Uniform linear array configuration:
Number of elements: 64
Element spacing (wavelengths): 0.75
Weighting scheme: kaiser
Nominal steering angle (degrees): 60
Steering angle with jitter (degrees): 61.79
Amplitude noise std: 0.05
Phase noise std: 0.05

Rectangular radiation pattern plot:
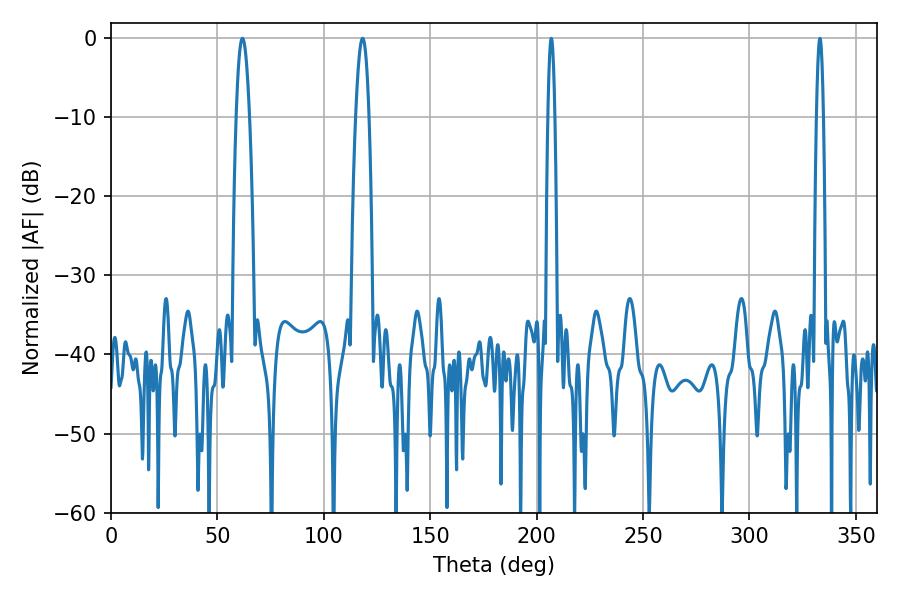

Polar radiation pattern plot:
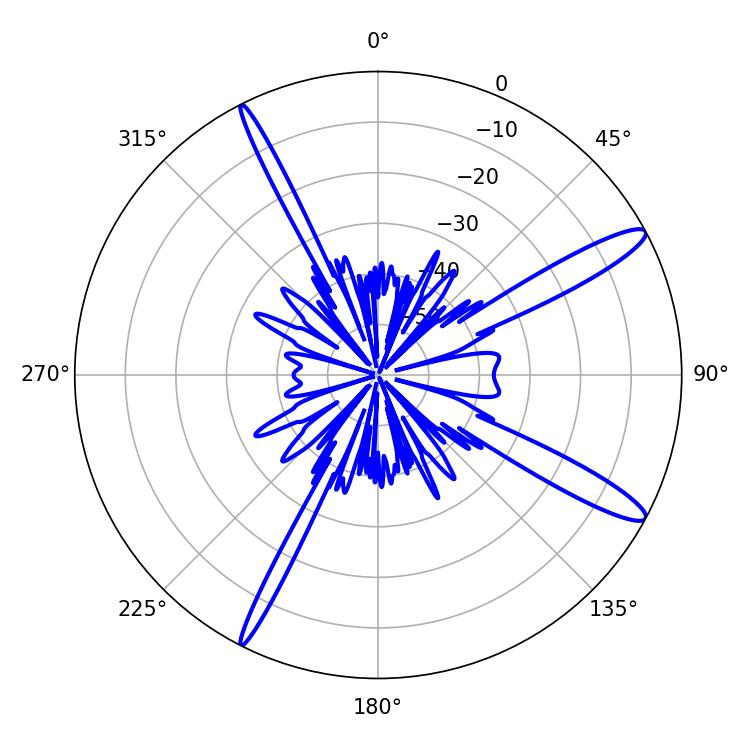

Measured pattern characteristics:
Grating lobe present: TRUE
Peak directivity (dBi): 13.752
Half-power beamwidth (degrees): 3.42
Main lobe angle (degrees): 61.74